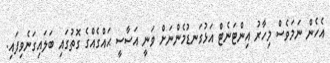
އެހެން ނަމަވެސް މިހާރު އިންޓަނެޓް އަޅުގަނޑުމެންނަށް ވަނީ އަސާސީ ޙައްގެއްގެ ގޮތުގައި ބަލައިގަނެވިފައި.